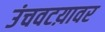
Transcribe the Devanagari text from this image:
उंचवटय़ावर